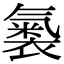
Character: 𧜚